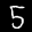
Label: 5